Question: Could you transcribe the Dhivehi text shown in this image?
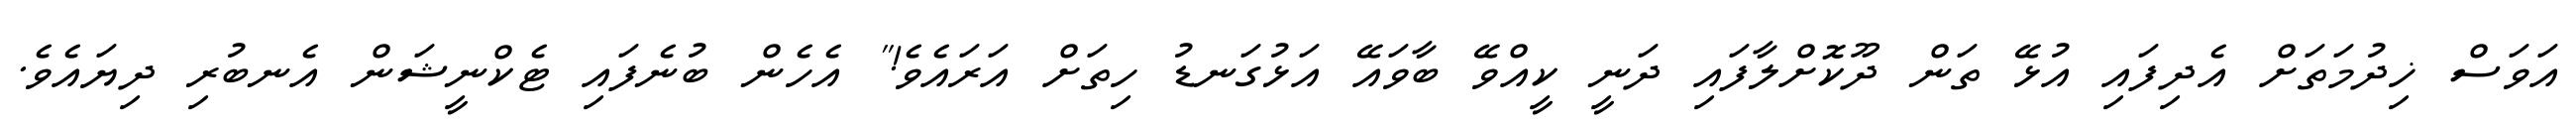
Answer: އަވަސް ޚިދުމަތަށް އެދިފައި އުޅޭ ތަން ދޫކޮށްލާފައި ދަނީ ކީއްވޭ ބާވައޭ އަޅުގަނޑު ހިތަށް އަރައެވެ!" އެހެން ބުނެފައި ޓެކްނީޝަން އެނބުރި ދިޔައެވެ.